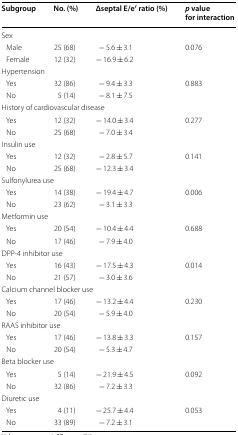
<table><thead><tr><td><b>Subgroup</b></td><td><b>No. (%)</b></td><td><b>Δseptal E/e′ ratio (%)</b></td><td><b><i>p</i> value for interaction</b></td></tr></thead><tbody><tr><td colspan="4">Sex</td></tr><tr><td> Male</td><td>25 (68)</td><td>− 5.6 ± 3.1</td><td rowspan="2">0.076</td></tr><tr><td> Female</td><td>12 (32)</td><td>− 16.9 ± 6.2</td></tr><tr><td colspan="4">Hypertension</td></tr><tr><td> Yes</td><td>32 (86)</td><td>− 9.4 ± 3.3</td><td rowspan="2">0.883</td></tr><tr><td> No</td><td>5 (14)</td><td>− 8.1 ± 7.5</td></tr><tr><td colspan="4">History of cardiovascular disease</td></tr><tr><td> Yes</td><td>12 (32)</td><td>− 14.0 ± 3.4</td><td rowspan="2">0.277</td></tr><tr><td> No</td><td>25 (68)</td><td>− 7.0 ± 3.4</td></tr><tr><td colspan="4">Insulin use</td></tr><tr><td> Yes</td><td>12 (32)</td><td>− 2.8 ± 5.7</td><td rowspan="2">0.141</td></tr><tr><td> No</td><td>25 (68)</td><td>− 12.3 ± 3.4</td></tr><tr><td colspan="4">Sulfonylurea use</td></tr><tr><td> Yes</td><td>14 (38)</td><td>− 19.4 ± 4.7</td><td rowspan="2">0.006</td></tr><tr><td> No</td><td>23 (62)</td><td>− 3.1 ± 3.3</td></tr><tr><td colspan="4">Metformin use</td></tr><tr><td> Yes</td><td>20 (54)</td><td>− 10.4 ± 4.4</td><td rowspan="2">0.688</td></tr><tr><td> No</td><td>17 (46)</td><td>− 7.9 ± 4.0</td></tr><tr><td colspan="4">DPP-4 inhibitor use</td></tr><tr><td> Yes</td><td>16 (43)</td><td>− 17.5 ± 4.3</td><td rowspan="2">0.014</td></tr><tr><td> No</td><td>21 (57)</td><td>− 3.0 ± 3.6</td></tr><tr><td colspan="4">Calcium channel blocker use</td></tr><tr><td> Yes</td><td>17 (46)</td><td>− 13.2 ± 4.4</td><td rowspan="2">0.230</td></tr><tr><td> No</td><td>20 (54)</td><td>− 5.9 ± 4.0</td></tr><tr><td colspan="4">RAAS inhibitor use</td></tr><tr><td> Yes</td><td>17 (46)</td><td>− 13.8 ± 3.3</td><td rowspan="2">0.157</td></tr><tr><td> No</td><td>20 (54)</td><td>− 5.3 ± 4.7</td></tr><tr><td colspan="4">Beta blocker use</td></tr><tr><td> Yes</td><td>5 (14)</td><td>− 21.9 ± 4.5</td><td rowspan="2">0.092</td></tr><tr><td> No</td><td>32 (86)</td><td>− 7.2 ± 3.3</td></tr><tr><td colspan="4">Diuretic use</td></tr><tr><td> Yes</td><td>4 (11)</td><td>− 25.7 ± 4.4</td><td rowspan="2">0.053</td></tr><tr><td> No</td><td>33 (89)</td><td>− 7.2 ± 3.1</td></tr></tbody></table>